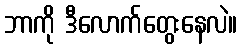
ဘာကို ဒီလောက်တွေးနေလဲ။